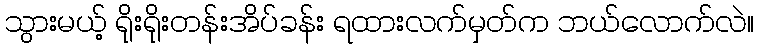
သွားမယ့် ရိုးရိုးတန်းအိပ်ခန်း ရထားလက်မှတ်က ဘယ်လောက်လဲ။